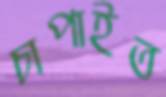
চাপাইত